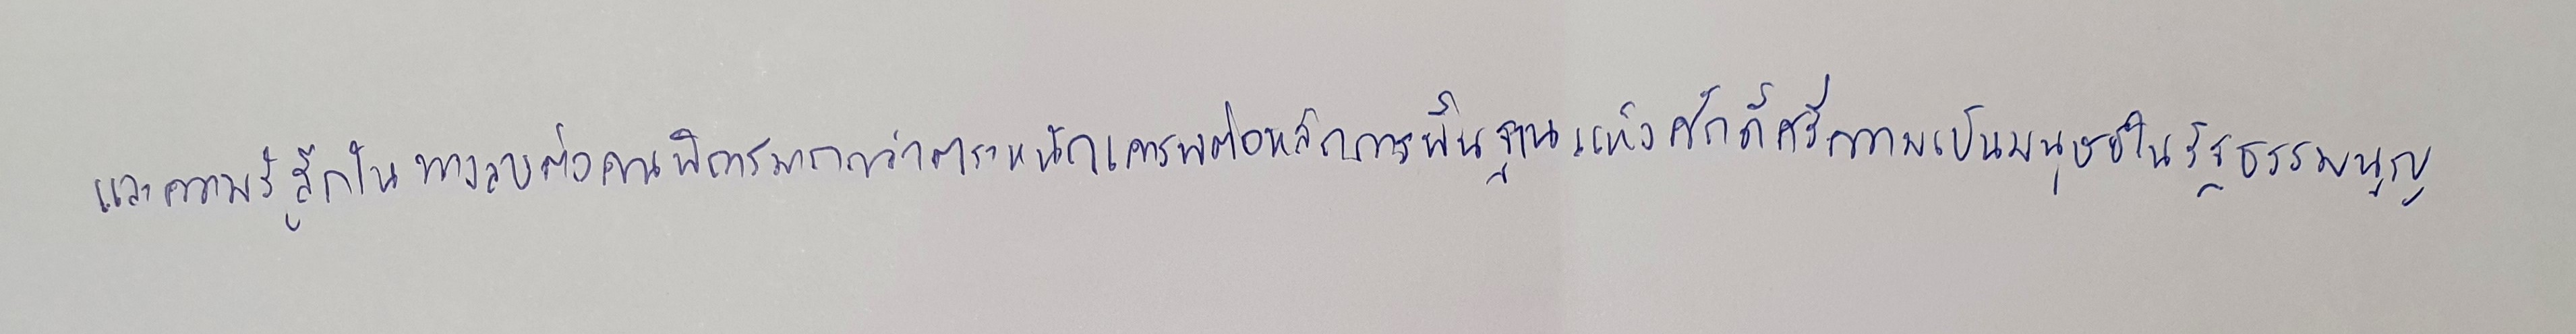
และความรู้สึกในทางลบต่อคนพิการมากกว่าตระหนักเคารพต่อหลักการพื้นฐานแห่งศักดิ์ศรีความเป็นมนุษย์ในรัฐธรรมนูญ